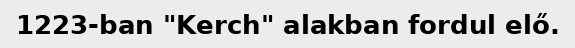
1223-ban "Kerch" alakban fordul elő.